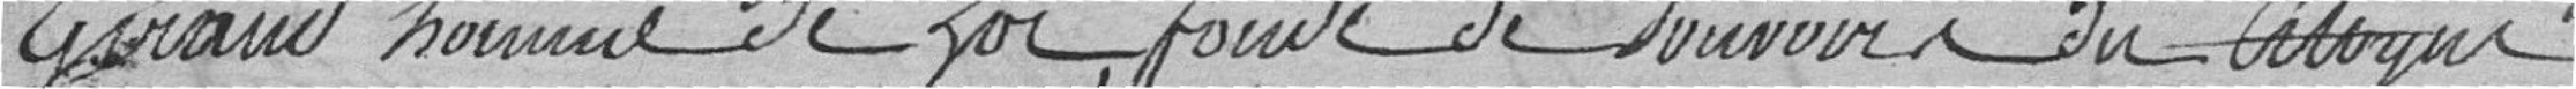
Giraud homme de loi, fondé de pouvoir du citoyen